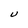
Character: U